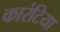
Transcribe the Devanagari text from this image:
कारंटिया